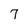
Character: 7